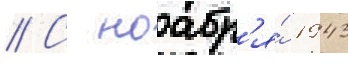
// С ноабр'я́ 1943